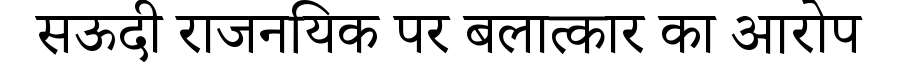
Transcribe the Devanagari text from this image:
सऊदी राजनयिक पर बलात्कार का आरोप